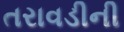
તરાવડીની